Indian journal of veterinary science and animal husbandry - Volume 6,
Year: 1936
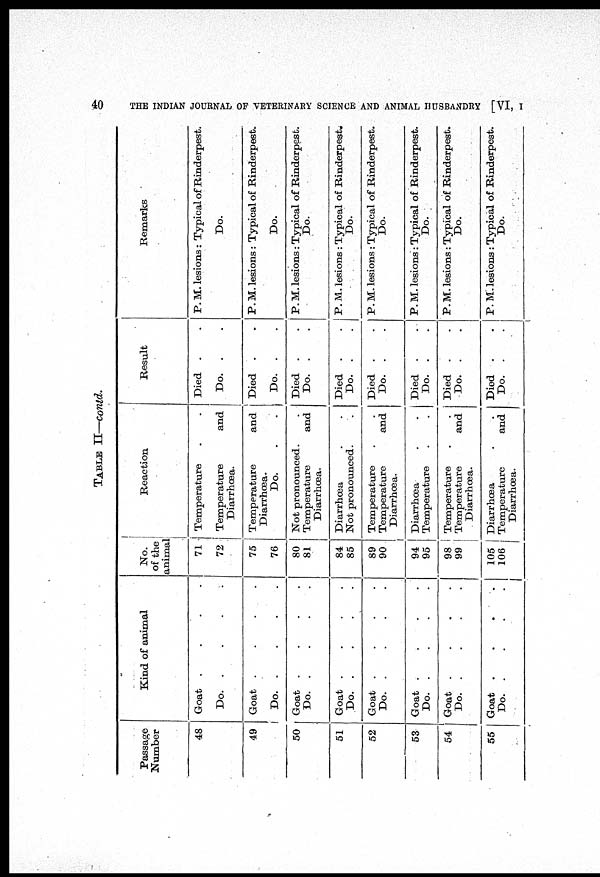
40
THE INDIAN JOURNAL OF VETERINARY SCIENCE AND ANIMAL HUSBANDRY [VI, I
TABLE II—contd.
Passage
Number
48
49
50
51
52
53
54
55
Kind of animal
Goat
.
.
.
.
Do.
.
.
.
.
Goat
.
.
.
.
Do.
.
.
.
.
Goat
.
.
.
.
Do. . . . .
Goat
.
.
.
.
Do. . . . .
Goat
.
.
.
.
Do.
.
.
.
.
Goat
.
.
.
.
Do.
.
.
.
.
Goat
.
.
.
.
Do.
.
.
.
.
Goat
.
.
.
.
Do.
.
.
.
.
No.
of the
animal
71
72
75
76
80
81
84
85
89
90
94
95
98
99
105
106
Reaction
Temperature
.
.
Temperature and
Diarrhœa.
Temperature and
Diarrhœa.
Do. . .
Not pronounced.
.
Temperature and
Diarrhœa.
Diarrhœa . .
Not pronounced. .
Temperature
.
.
Temperature
and
Diarrhœa.
Diarrhœa . .
Temperature
.
.
Temperature . .
Temperature and
Diarrhœa.
Diarrhœa . .
Temperature and
Diarrhœa.
Result
Died . .
Do. . .
Died . .
Do. . .
Died . .
Do. . .
Died . .
Do. . .
Died . .
Do. . .
Died . .
Do. . .
Died . .
Do. . .
Died . .
Do. . .
Remarks
P. M. lesions : Typical of Rinderpest.
Do.
P.M. lesions : Typical of Rinderpest.
Do.
P. M. lesions : Typical of Rinderpest.
Do.
P. M. lesions : Typical of Rinderpest.
Do.
P. M. lesions : Typical of Rinderpest.
Do.
P. M. lesions : Typical of Rinderpest.
Do.
P. M. lesions: Typical of Rinderpest.
Do.
P. M. lesions : Typical of Rinderpest.
Do.